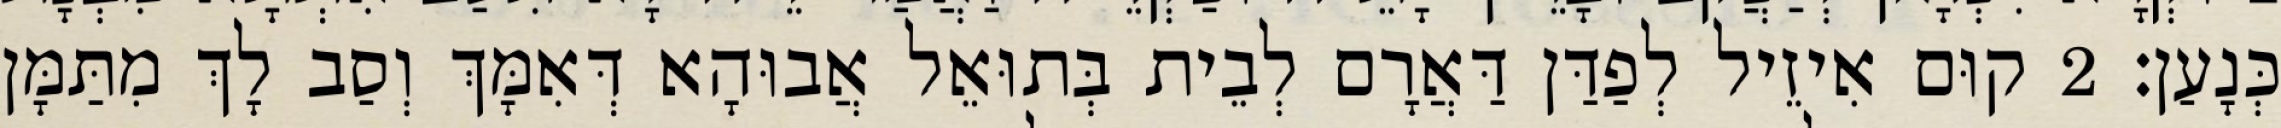
כְּנָעַן׃ 2 קוּם אִיזֵיל לְפַדַּן דַּאֲרָם לְבֵית בְּתוּאֵל אֲבוּהָא דְּאִמָּךְ וְסַב לָךְ מִתַּמָּן